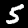
Label: 5